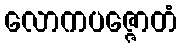
လောကပဇ္ဇောတံ